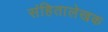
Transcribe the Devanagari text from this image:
संहितालेखक